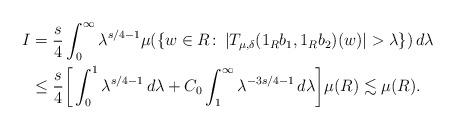
LaTeX: \begin{align*}I &= \frac{s}{4} \int_0^{\infty} \lambda^{s/4-1} \mu(\{w \in R\colon\, |T_{\mu, \delta}(1_{R}b_1, 1_Rb_2)(w)| > \lambda\})\,d\lambda \\&\le \frac{s}{4} \bigg[ \int_0^1 \lambda^{s/4-1}\,d\lambda + C_0 \int_1^{\infty} \lambda^{-3s/4-1} \,d\lambda\bigg]\mu(R) \lesssim \mu(R).\end{align*}